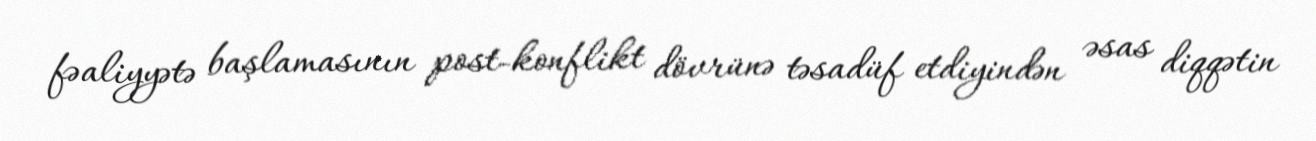
fəaliyyətə başlamasının post-konflikt dövrünə təsadüf etdiyindən əsas diqqətin